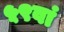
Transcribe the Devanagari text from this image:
५९वां